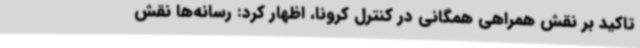
تاکید بر نقش همراهی همگانی در کنترل کرونا، اظهار کرد: رسانه‌ها نقش